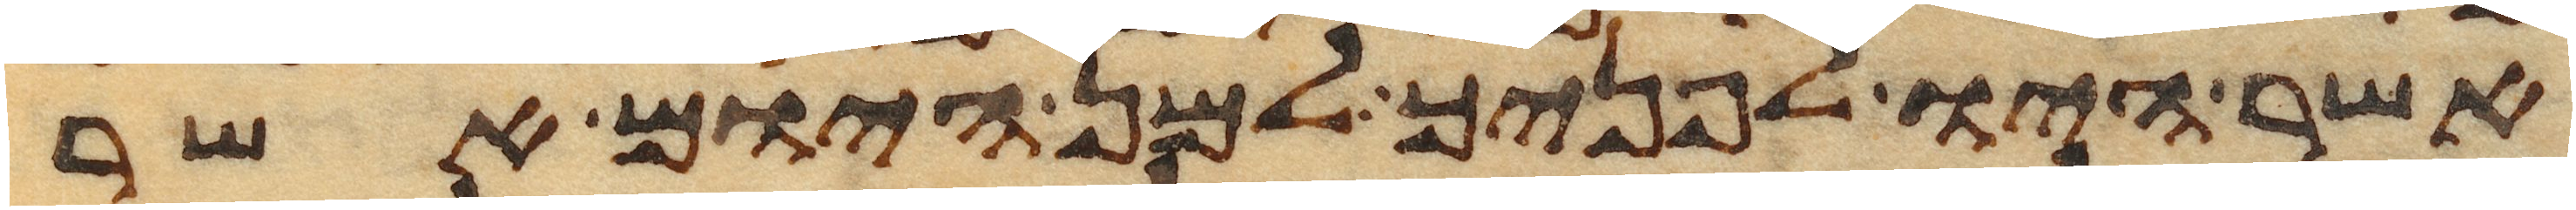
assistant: אשר היו לפניך למן היום אשר